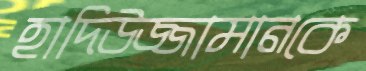
হাদিউজ্জামানকে